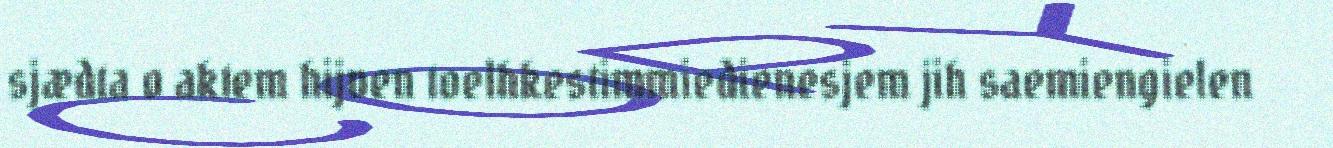
sjædta o aktem hijven toelhkestimmiedienesjem jih saemiengielen